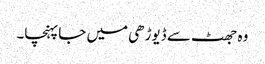
وہ جھٹ سے ڈیوڑھی میں جا پہنچا۔